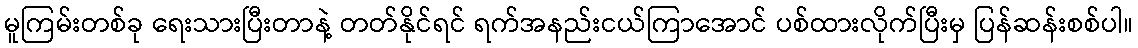
မူကြမ်းတစ်ခု ရေးသားပြီးတာနဲ့ တတ်နိုင်ရင် ရက်အနည်းငယ်ကြာအောင် ပစ်ထားလိုက်ပြီးမှ ပြန်ဆန်းစစ်ပါ။